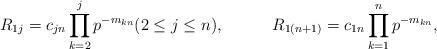
LaTeX: \begin{align*}R_{1j} &= c_{jn} \prod_{k=2}^j p^{-m_{kn}}(2\le j \le n), & R_{1(n+1)} &= c_{1n} \prod_{k=1}^n p^{-m_{kn}},\end{align*}